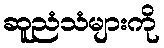
ဆူညံသံများကို